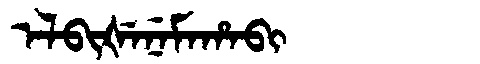
Manchu: ᡝᠯᠪᡳᡧᡝᠨᡝᠮᠠᡥᠠᠪᡳ
Romanization: ELBIŠENEMAHABI